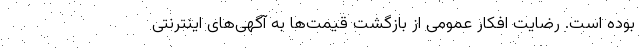
بوده است. رضایت افکار عمومی از بازگشت قیمت‌ها به آگهی‌های اینترنتی